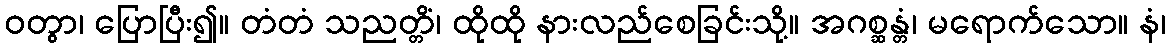
ဝတွာ၊ ပြောပြီး၍။ တံတံ သညတ္တိံ၊ ထိုထို နားလည်စေခြင်းသို့။ အဂစ္ဆန္တံ၊ မရောက်သော။ နံ၊